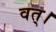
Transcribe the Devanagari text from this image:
वत्।